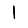
Digit: 1